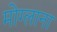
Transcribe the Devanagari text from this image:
मोग्लाना